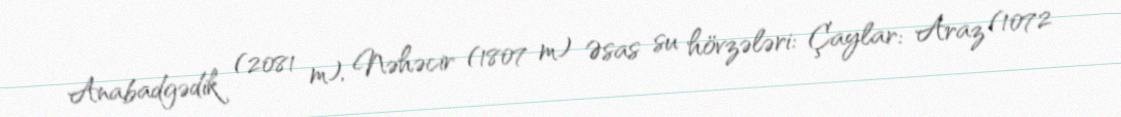
Anabadgədik (2081 m), Nəhəcir (1807 m) Əsas su hövzələri: Çaylar: Araz (1072